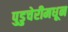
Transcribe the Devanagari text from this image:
पुडुचेरीमधून